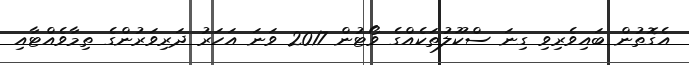
އެގޮތުން ބައިވެރިވި ގިނަ ސްކޫލުތަކެއްގެ ވޯޓުން 2017 ވަނަ އަހަރު ދަރިވަރުންގެ ތިމާވެއްޓާއި